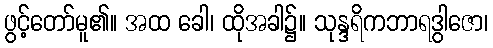
ဖွင့်တော်မူ၏။ အထ ခေါ၊ ထိုအခါ၌။ သုန္ဒရိကဘာရဒွါဇော၊